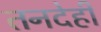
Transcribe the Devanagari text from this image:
तनदेही